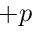
+ p